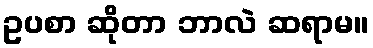
ဥပစာ ဆိုတာ ဘာလဲ ဆရာမ။